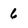
Character: 6